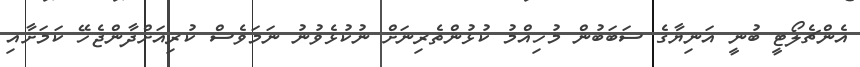
އެންޗެލޯޓީ ބުނީ އަނިޔާގެ ސަބަބުން މުހިއްމު ކުޅުންތެރިނަށް ނުކުޅެވުނު ނަމަވެސް ކުރިއަށްދާންޖެހޭ ކަމަށާއި